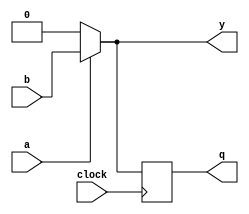
module behavioral_model (
    input wire a,          // Input for combinational logic
    input wire b,          // Input for combinational logic
    input wire clock,      // Clock signal for sequential logic
    output reg y,         // Output for combinational logic
    output reg q          // Output for sequential logic
);

// Combinational Logic using always @*
always @* begin
    // Example: 2-to-1 Multiplexer
    if (a) begin
        y = b;            // If a is high, output b
    end else begin
        y = 1'b0;        // If a is low, output 0
    end
end

// Sequential Logic using always @(posedge clock)
always @(posedge clock) begin
    // Example: D Flip-Flop
    q <= y;              // On the rising edge of clock, assign y to q
end

endmodule